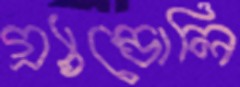
গ্র্যান্ডোলি